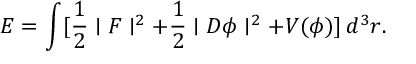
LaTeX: E = \int [ \frac { 1 } { 2 } \mid { \cal F } \mid ^ { 2 } + \frac { 1 } { 2 } \mid { \cal D } \phi \mid ^ { 2 } + V ( \phi ) ] \, d ^ { 3 } r .